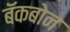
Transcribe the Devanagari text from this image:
बॅकबोन